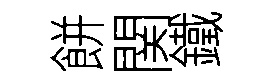
餅関鐵